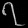
Digit: ၇